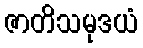
ဇာတိသမုဒယံ